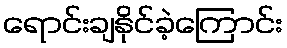
ရောင်းချနိုင်ခဲ့ကြောင်း